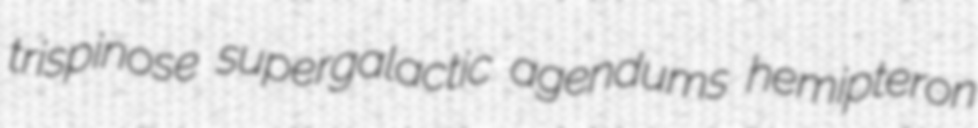
trispinose supergalactic agendums hemipteron